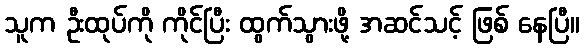
သူက ဦးထုပ်ကို ကိုင်ပြီး ထွက်သွားဖို့ အဆင်သင့် ဖြစ် နေပြီ။